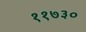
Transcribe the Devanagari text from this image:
११७३०